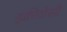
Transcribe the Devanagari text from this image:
इक्वीवोसी